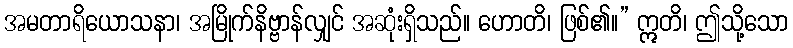
အမတာရိယောသနာ၊ အမြိုက်နိဗ္ဗာန်လျှင် အဆုံးရှိသည်။ ဟောတိ၊ ဖြစ်၏။” ဣတိ၊ ဤသို့သော